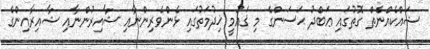
ޝައްކެއްނެތް ގޮތުގައި ޢަބްދު ޙަސަންގެ މި ޤައުމީ ޚިދުމަތުގައި ޅެންވެރިންނާއި ޝާއިރުންނާއި ޝާއިރާއިންގެ